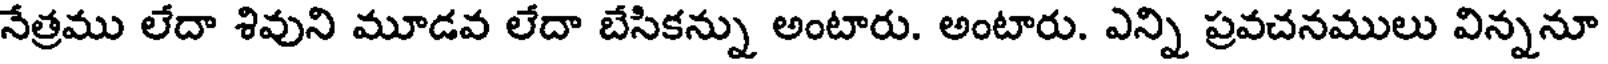
నేత్రము లేదా శివుని మూడవ లేదా బేసికన్ను అంటారు. అంటారు. ఎన్ని ప్రవచనములు విన్ననూ